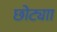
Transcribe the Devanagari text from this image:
छोट्याा